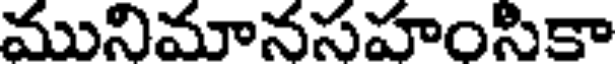
మునిమానసహంసికా